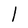
Character: l